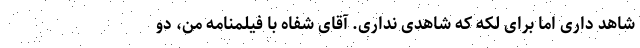
شاهد داری اما برای لکه که شاهدی نداری. آقای شفاه با فیلمنامه من، دو